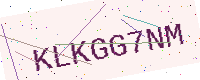
Text: KLKGG7NM